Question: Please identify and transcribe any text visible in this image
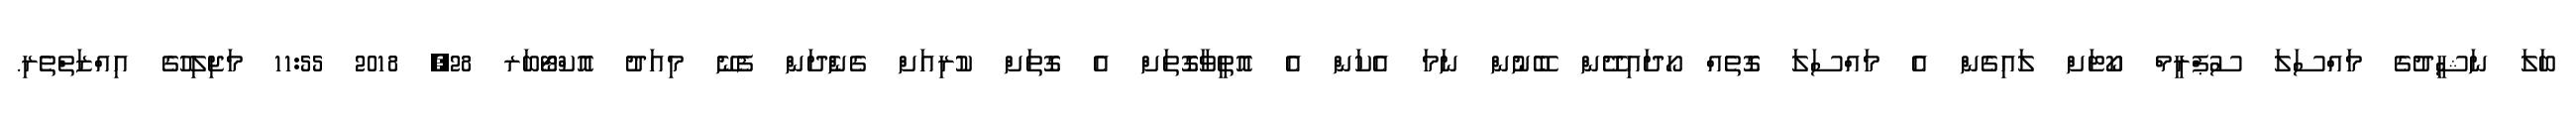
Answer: ބަލަ ނަޝީދުގެ މައްސަލަ ސުޕްރީމް ކޯޓަށް ލައިގެން އެ މައްސަލަ ގޮތެއް ހޯދައިދޭން ބޭނުން ނަމަ އެކަން އެ އޮތީވާގޮތަށް އެ ގޮތަށް ކުރިއަށް ގެންެދަން ފެނޭ މިއަދު އޮކްޓޯބަރ 28, 2018 11:55 މަޖިލިހުގެ އިއްޒަތްތެރި.